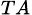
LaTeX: _{TA}